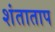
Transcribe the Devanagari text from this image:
शंताताप